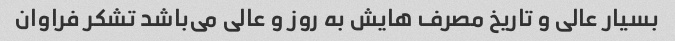
بسیار عالی و تاریخ مصرف هایش به روز و عالی می‌باشد تشکر فراوان